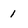
Character: 1